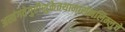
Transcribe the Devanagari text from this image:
अस्तंगतेगुरौशुक्रेतथामासेमलिम्लुचे